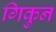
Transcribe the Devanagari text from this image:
गिकुन